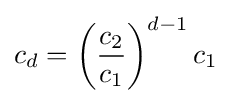
c_{d}=\left({\frac {c_{2}}{c_{1}}}\right)^{d-1}c_{1}